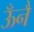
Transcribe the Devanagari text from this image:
ऊँनै